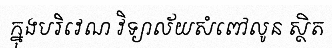
ក្នុងបរិវេណ វិទ្យាល័យសំពៅលូន ស្ថិត